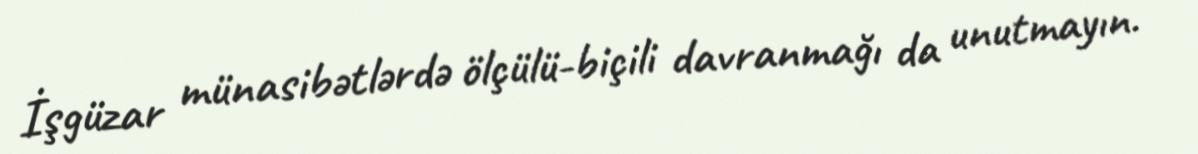
İşgüzar münasibətlərdə ölçülü-biçili davranmağı da unutmayın.